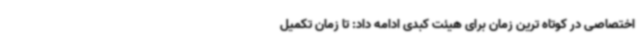
اختصاصی در کوتاه ترین زمان برای هیئت کبدی ادامه داد: تا زمان تکمیل